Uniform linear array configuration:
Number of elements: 8
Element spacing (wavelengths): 0.5
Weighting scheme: blackman
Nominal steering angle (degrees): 0
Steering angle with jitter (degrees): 1.833
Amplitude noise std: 0.05
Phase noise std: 0.05

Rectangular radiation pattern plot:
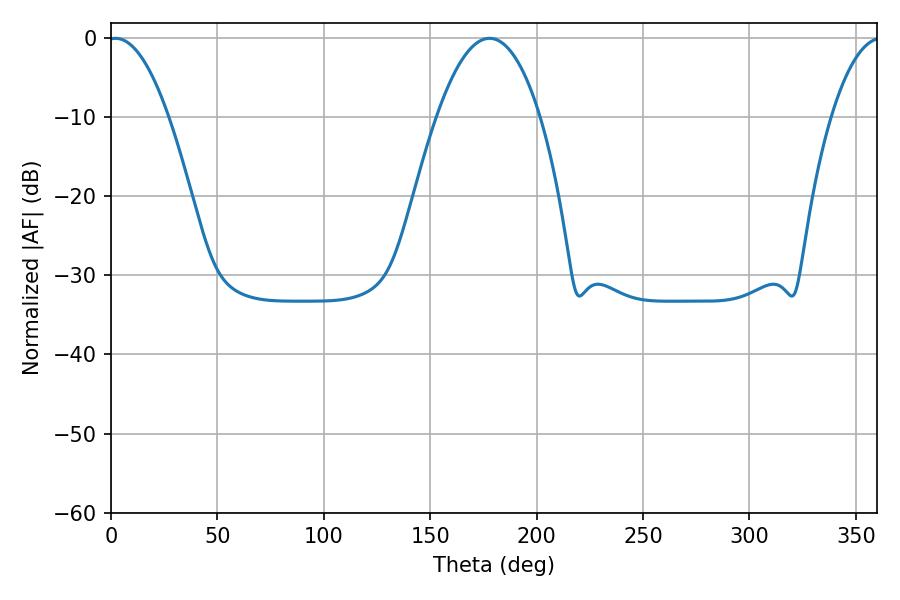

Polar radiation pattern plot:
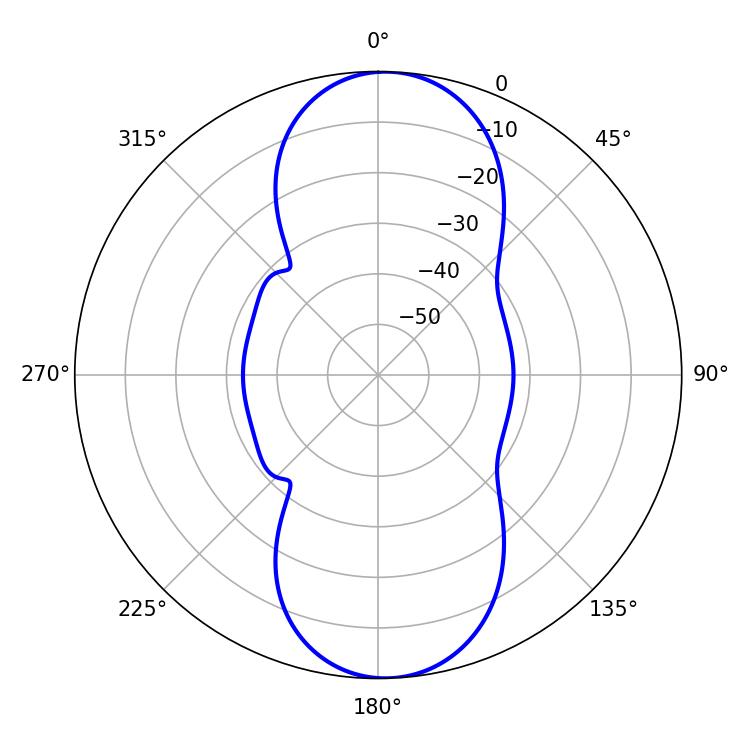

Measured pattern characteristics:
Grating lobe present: FALSE
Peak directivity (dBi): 16.589
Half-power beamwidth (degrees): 15.66
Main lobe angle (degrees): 2.16